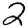
Digit: 2